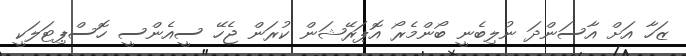
ޒަހާ އަށް އާސަންދަ ނުލިބެނީ ބޯންމެރޯ އޮޕަރޭޝަން ކުރަން ޖެހޭ ސީއެންސީ ހޮސްޕިޓަލަކީ